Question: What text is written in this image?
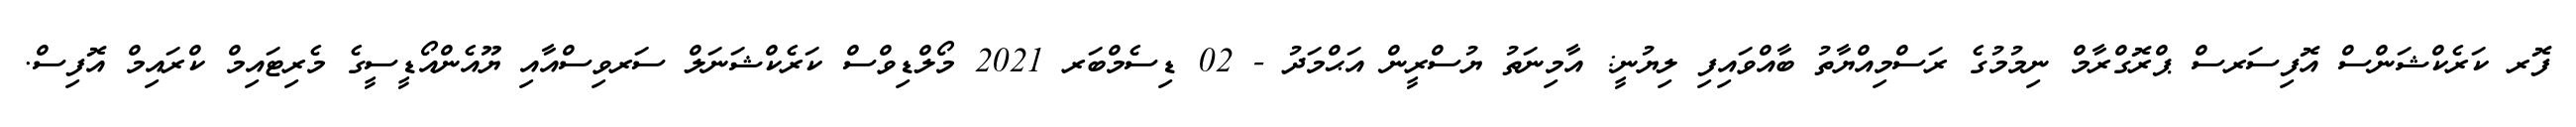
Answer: ފޮރ ކަރެކްޝަންސް އޮފިސަރސް ޕްރޮގްރާމް ނިމުމުގެ ރަސްމިއްޔާތު ބާއްވައިފި ލިޔުނީ: އާމިނަތު ޔުސްރީން އަޙްމަދު - 02 ޑިސެމްބަރ 2021 މޯލްޑިވްސް ކަރެކްޝަނަލް ސަރވިސްއާއި ޔޫއެންއޯޑީސީގެ މެރިޓައިމް ކްރައިމް އޮފިސް.